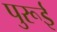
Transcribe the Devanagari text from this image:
पुरूई